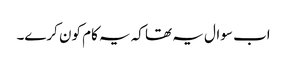
اب سوال یہ تھا کہ یہ کام کون کرے۔